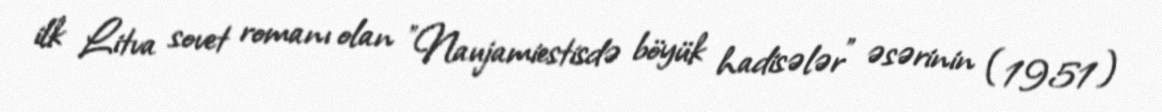
ilk Litva sovet romanı olan "Naujamiestisdə böyük hadisələr" əsərinin (1951)